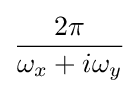
{\frac {2\pi }{\omega _{x}+i\omega _{y}}}